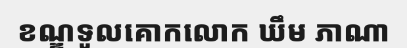
ខណ្ឌទូលគោកលោក ឃឹម ភាណា